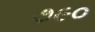
૭૯૦